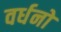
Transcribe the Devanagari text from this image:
वर्धनो